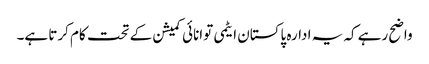
واضح رہے کہ یہ ادارہ پاکستان ایٹمی توانائی کمیشن کے تحت کام کرتا ہے۔